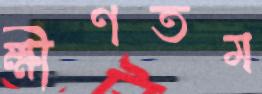
ক্ষীণতম